Vaccination Hyderabad 1872-1889 - 1872-1889
Year: 1872
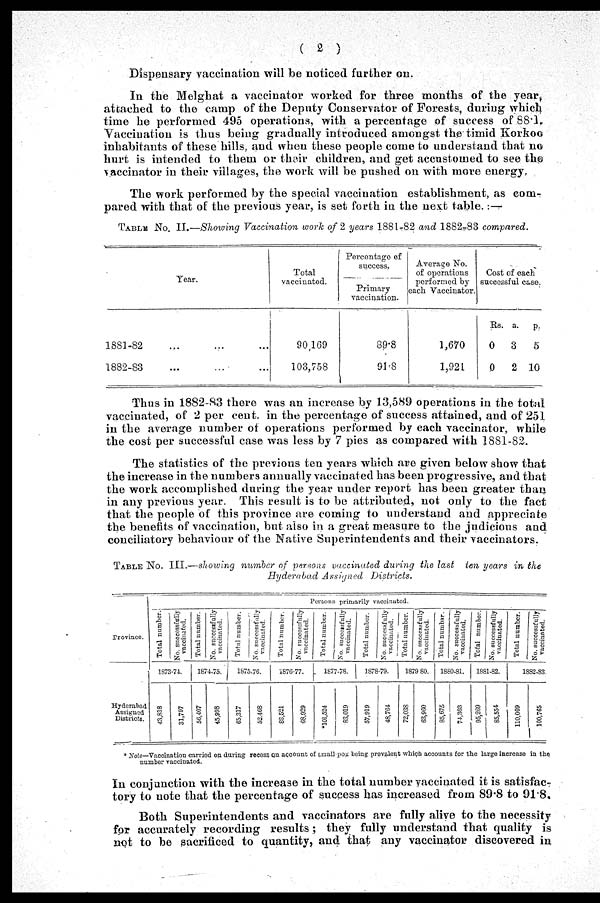
( 2 )
Dispensary vaccination will be noticed further on,
In the Melghat a vaccinator worked for three months of the year
attached to the camp of the Deputy Conservator of Forests, during which
time he performed 495 operations, with a percentage of success of 88.1.
Vaccination is thus being gradually introduced amongst the timid Korkoo
inhabitants of these hills, and when these people come to understand that no
hurt is intended to them or their children, and get accustomed to see the
vaccinator in their villages, the work will be pushed on with more energy.
The work performed by the special vaccination establishment, as com-
pared with that of the previous year, is set forth in the next table. : —
TABLE No. II.—Showing Vaccination work of 2 years 1881-82 and 1882-83 compared.
Year.
1881-82
...
...
1882-83 ... ...
Total
vaccinated.
90,169
103,758
Percentage of
success,
Primary
vaccination..
89.8
91.8
Average No.
of operations
performed by
each Vaccinator.
1,670
1,921
Cost of each
successful case.
Rs.
0
0
a.
3
2
p.
5
10
Thus in 1882-83 there was an increase by 13,589 operations in the total
vaccinated, of 2 per cent. in the percentage of success attained, and of 251
in the average number of operations performed by each vaccinator, while
the cost per successful case was less by 7 pies as compared with 1881-82.
The statistics of the previous ten years which are given below show that
the increase in the numbers annually vaccinated has been progressive, and that
the work accomplished during the year under report has been greater than
in any previous year. This result is to be attributed, not only to the fact
that the people of this province are coming to understand and appreciate
the benefits of vaccination, but also in a great measure to the judicious and
conciliatory behaviour of the Native Superintendents and their vaccinators.
TABLE No. III.—showing number of persons vaccinated during the last ten years in the
Hyderabad Assigned Districts.
Province.
Hyderabad
Assigned
Districts.
Persons primarily vaccinated.
Total number.
No. successfully
vaccinated.
1873-74.
43,818
31,797
Total number.
No. successfully
vaccinated.
1874-75.
56,407
45,998
Total number.
No. successfully
vaccinated.
1875-76.
65,317
52,468
Total number.
No. successfully
vaccinated.
Total number.
1876-77.
88,521
68,929
No. successfully
vaccinated.
1877-78.
*101,524
83,019
Total number.
No. successfully
vaccinated.
1878-79.
57,919
48,764
Total number.
No. successfully
vaccinated.
1879-80.
72,038
63,960
Total number.
No. successfully
vaccinated.
1880-81.
85,675
74,303
Total number.
No. successfully
vaccinated.
1881-82.
95,269
85,554
Total number.
No. successfully
vaccinated.
1882-83.
110,009
100,765
* Note—Vaccination carried on during recess on account of small-pox being prevalent which accounts for the large increase in the.
number vaccinated.
In conjunction with the increase in the total number vaccinated it is satisfac-
tory to note that the percentage of success has increased from 89.8 to 91.8.
Both Superintendents and vaccinators are fully alive to the necessity
for accurately recording results; they fully understand that quality is
not to be sacrificed to quantity, and that any vaccinator discovered in